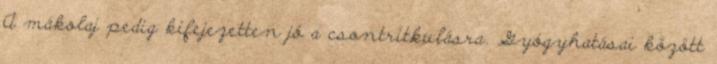
A mákolaj pedig kifejezetten jó a csontritkulásra. Gyógyhatásai között